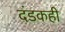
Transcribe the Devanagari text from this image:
दंडकही